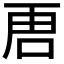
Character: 𭇢